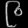
Digit: ၉